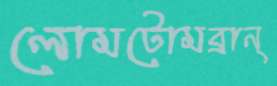
লোমটোমব্রান্